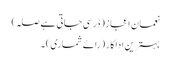
نعمان اعجاز (ڈر سی جاتی ہے صلہ)
بہترین اداکار (رائے شماری) ۔